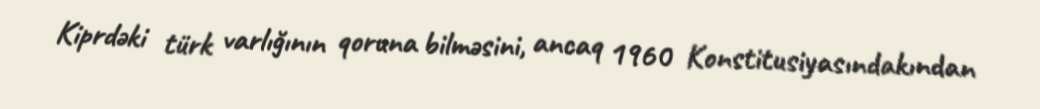
Kiprdəki türk varlığının qoruna bilməsini, ancaq 1960 Konstitusiyasındakından